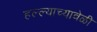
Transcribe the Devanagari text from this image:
हल्ल्याच्यावेळी